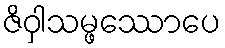
ဇိဝှါသမ္ဖဿောပေ